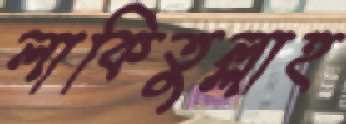
লাকিতুল্লাহ